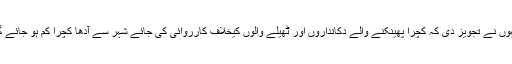
انہوں نے تجویز دی کہ کچرا پھینکنے والے دکانداروں اور ٹھیلے والوں کیخلاف کارروائی کی جائے شہر سے آدھا کچرا کم ہو جائے گا۔